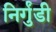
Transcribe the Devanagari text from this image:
निर्गुंडी